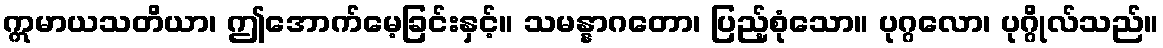
ဣမာယသတိယာ၊ ဤအောက်မေ့ခြင်းနှင့်။ သမန္နာဂတော၊ ပြည့်စုံသော။ ပုဂ္ဂလော၊ ပုဂ္ဂိုလ်သည်။